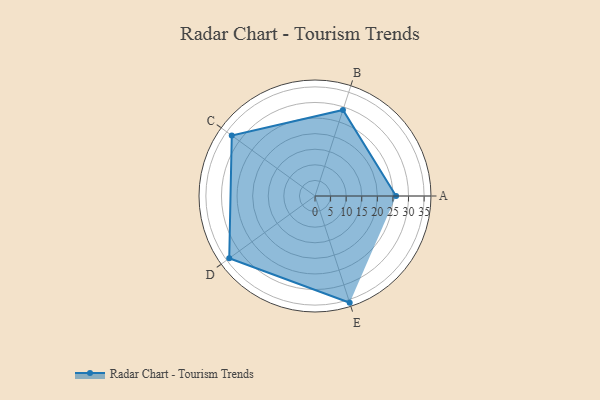
{"axis": {"x": "Skill", "y": "Score"}, "legend": ["Profile"], "data": [{"x": "A", "y": 26.0, "type": "Profile"}, {"x": "B", "y": 29.0, "type": "Profile"}, {"x": "C", "y": 33.0, "type": "Profile"}, {"x": "D", "y": 34.0, "type": "Profile"}, {"x": "E", "y": 36.0, "type": "Profile"}]}